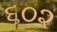
૬૦૨